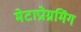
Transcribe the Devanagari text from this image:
मेटाप्रोग्रमिंग